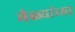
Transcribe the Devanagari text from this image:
मेळ्यांच्या